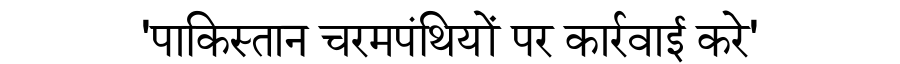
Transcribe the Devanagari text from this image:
'पाकिस्तान चरमपंथियों पर कार्रवाई करे'